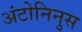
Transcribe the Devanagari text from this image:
अंटोनिनुस